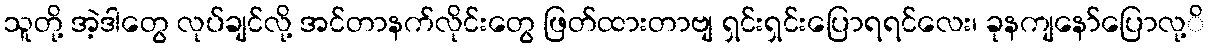
သူတို့ အဲ့ဒါတွေ လုပ်ချင်လို့ အင်တာနက်လိုင်းတွေ ဖြတ်ထားတာဗျ ရှင်းရှင်းပြောရရင်လေး၊ ခုနကျနော်ပြောလု့ိ